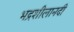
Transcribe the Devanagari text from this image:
भद्रशीलानदी